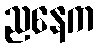
ညနေက